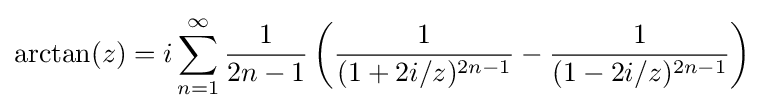
\arctan(z)=i\sum _{n=1}^{\infty }{\frac {1}{2n-1}}\left({\frac {1}{(1+2i/z)^{2n-1}}}-{\frac {1}{(1-2i/z)^{2n-1}}}\right)